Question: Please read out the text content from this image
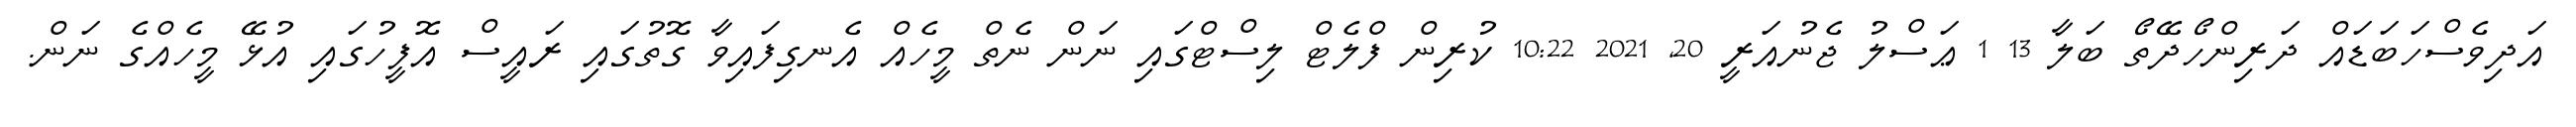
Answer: އަދިވެސްހަބަޑައް ދަރިންހޯދޭތޯ ބަލާ 13 1 ޢަސްލު ޖެނުއަރީ 20, 2021 10:22 ކުރިން ފްލެޓް ލިސްޓްގައި ނަން ނެތް މީހެއް އެނގިފައިވާ ގޮތުގައި ރައީސް އޮފީހުގައި އުޅޭ މީހެއްގެ ނަން.